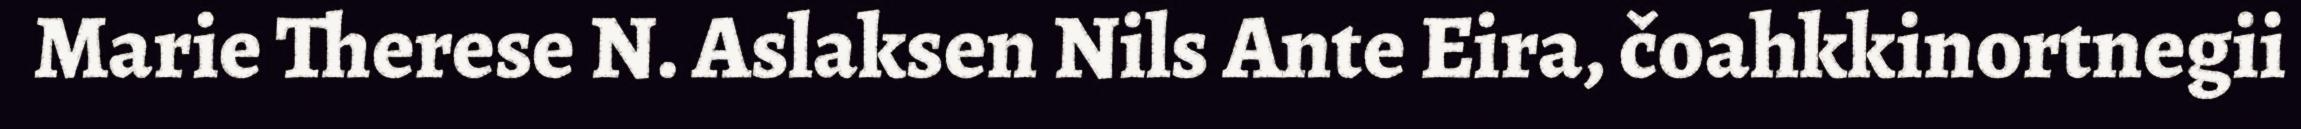
Marie Therese N. Aslaksen Nils Ante Eira, čoahkkinortnegii